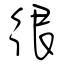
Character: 很